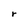
Character: r